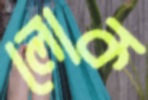
লোক